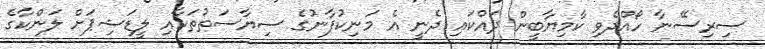
ސިރިސޭނާ ހޯއްދެވި ކާމިޔާބީން ދައްކައި ދެނީ އެ މަނިކުފާނުގެ ސިޔާސަތުތަކާއި ލީޑަޝިޕަށް ލަންކާގެ